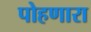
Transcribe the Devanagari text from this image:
पोहणारा